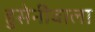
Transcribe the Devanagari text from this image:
हुसेनीवाला